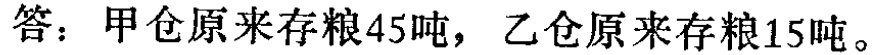
答：甲仓原来存粮45吨，乙仓原来存粮15吨。